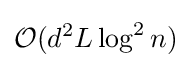
{\mathcal {O}}(d^{2}L\log ^{2}n)